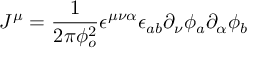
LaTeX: J ^ { \mu } = \frac { 1 } { 2 \pi \phi _ { o } ^ { 2 } } \epsilon ^ { \mu \nu \alpha } \epsilon _ { a b } \partial _ { \nu } \phi _ { a } \partial _ { \alpha } \phi _ { b }